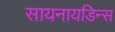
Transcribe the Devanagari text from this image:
सायनायडिन्स